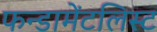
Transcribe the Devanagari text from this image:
फन्डामेंटलिस्ट